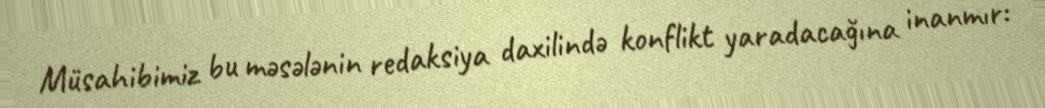
Müsahibimiz bu məsələnin redaksiya daxilində konflikt yaradacağına inanmır: